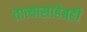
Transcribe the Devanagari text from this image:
तात्यासाहेबही